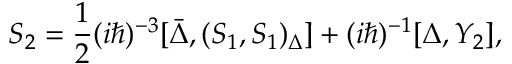
S _ { 2 } = \frac { 1 } { 2 } ( i \hbar ) ^ { - 3 } [ \bar { \Delta } , ( S _ { 1 } , S _ { 1 } ) _ { \Delta } ] + ( i \hbar ) ^ { - 1 } [ \Delta , Y _ { 2 } ] ,